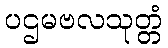
ပဌမဗလသုတ္တံ